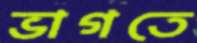
ভাগতে